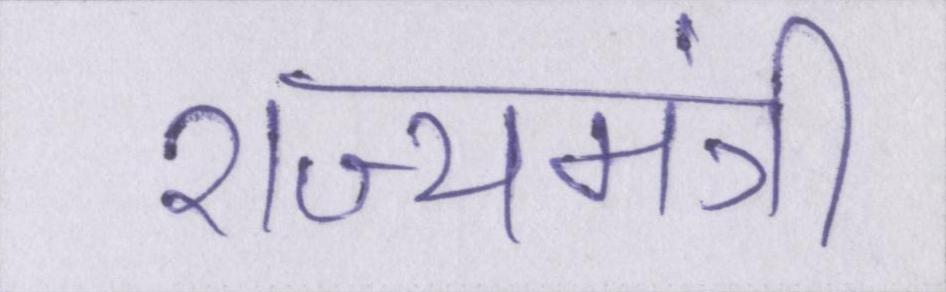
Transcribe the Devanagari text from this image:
राज्यमंत्री